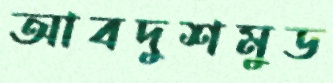
আবদুশমুড